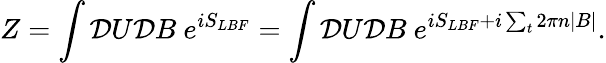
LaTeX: Z=\int{\cal D}U{\cal D}B~e^{iS_{LBF}}=\int{\cal D}U{\cal D}B~e^{iS_{LBF}+i\sum_{t}2\pi n|B|}.